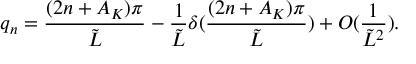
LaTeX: q _ { n } = \frac { ( 2 n + A _ { K } ) \pi } { \tilde { L } } - \frac { 1 } { \tilde { L } } \delta ( \frac { ( 2 n + A _ { K } ) \pi } { \tilde { L } } ) + O ( \frac { 1 } { \tilde { L } ^ { 2 } } ) .